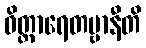
ဝိတ္ထာရေတဗ္ဗာနီတိ